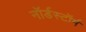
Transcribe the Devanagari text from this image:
नॉर्डस्टॉर्म